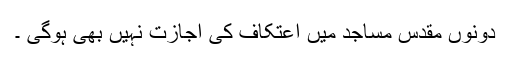
دونوں مقدس مساجد میں اعتکاف کی اجازت نہیں بھی ہوگی ۔